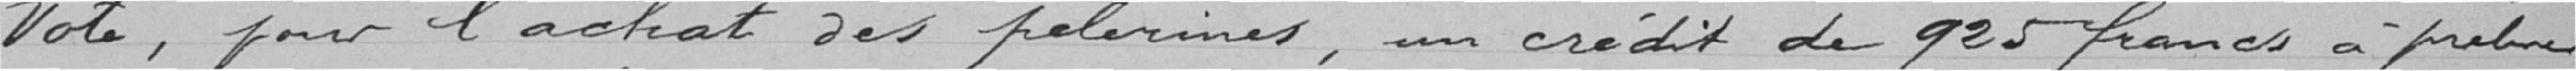
Vote, pour l'achat des pelerines, un crédit de 925 francs à probuer